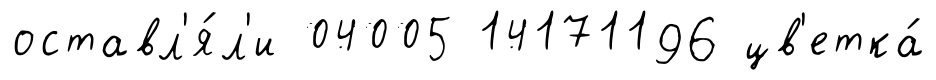
оставл'я́л'и 04005 14171196 цв'етка́